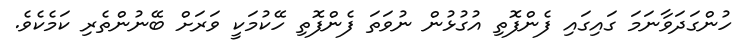
ހުންގަދަވާނަމަ ގައިގައި ފެންފޮތި އުގުޅުން ނުވަތަ ފެންފޮތި ހޭކުމަކީ ވަރަށް ބޭނުންތެރި ކަމެކެވެ.